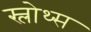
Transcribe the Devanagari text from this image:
स्लोथ्स